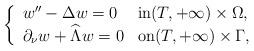
LaTeX: \begin{align*} \left\lbrace\begin{array}{lll} w''- \Delta w =0 & \hbox{in}(T, + \infty)\times \Omega,\\ \partial_\nu w + \widehat {\Lambda} w=0 & \hbox{on} (T, + \infty)\times \Gamma,\end{array}\right.\end{align*}